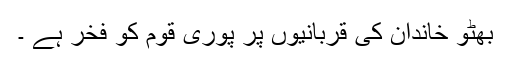
بھٹو خاندان کی قربانیوں پر پوری قوم کو فخر ہے ۔